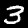
Digit: 3